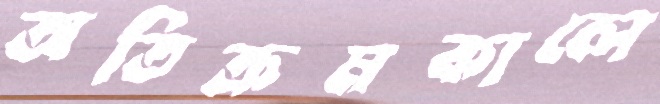
অতিক্রমকালে